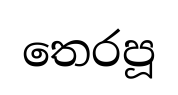
තෙරපූ